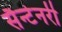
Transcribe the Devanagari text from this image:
सैन्टेनरी